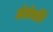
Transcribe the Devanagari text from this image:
लेजेनडेरे